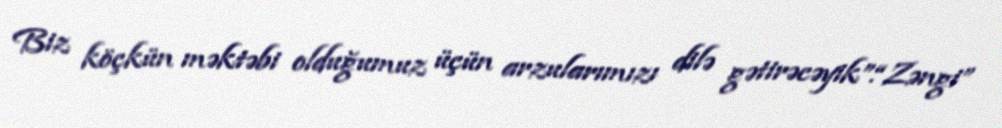
Biz köçkün məktəbi olduğumuz üçün arzularımızı dilə gətirəcəyik”.“Zəngi”